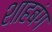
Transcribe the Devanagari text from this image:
शाहबंग